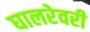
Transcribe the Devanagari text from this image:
घालरेवरी